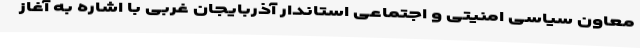
معاون سیاسی امنیتی و اجتماعی استاندار آذربایجان غربی با اشاره به آغاز